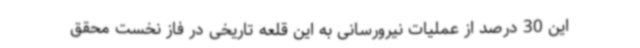
این 30 درصد از عملیات نیرورسانی به این قلعه تاریخی در فاز نخست محقق